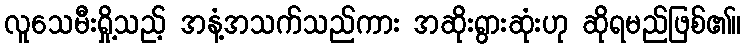
လူသေမီးရှို့သည့် အနံ့အသက်သည်ကား အဆိုးရွားဆုံးဟု ဆိုရမည်ဖြစ်၏။